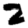
Digit: 2